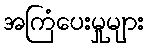
အကြံပေးမှုများ